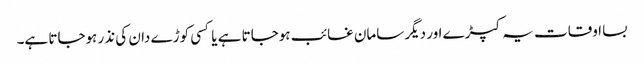
بسا اوقات یہ کپڑے اور دیگر سامان غائب ہوجاتا ہے یا کسی کوڑے دان کی نذر ہوجاتا ہے۔